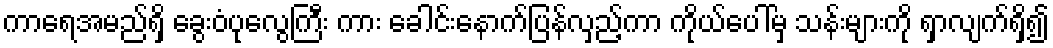
ကာရေအမည်ရှိ ခွေးဝံပုလွေကြီး ကား ခေါင်းနောက်ပြန်လှည့်ကာ ကိုယ်ပေါ်မှ သန်းများကို ရှာလျက်ရှိ၍